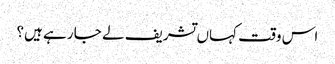
اس وقت کہاں تشریف لے جا رہے ہیں؟